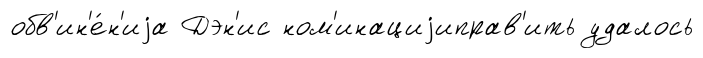
обв'ин'е́н'иjа Дэн'ис ном'инациjиправ'ить удалось